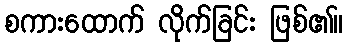
စကားထောက် လိုက်ခြင်း ဖြစ်၏။